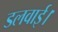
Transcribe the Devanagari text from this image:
डलवाई।